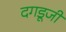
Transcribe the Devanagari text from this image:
दगडूजी